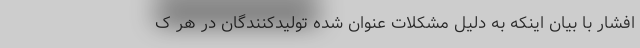
افشار با بیان اینکه به دلیل مشکلات عنوان شده تولیدکنندگان در هر ک